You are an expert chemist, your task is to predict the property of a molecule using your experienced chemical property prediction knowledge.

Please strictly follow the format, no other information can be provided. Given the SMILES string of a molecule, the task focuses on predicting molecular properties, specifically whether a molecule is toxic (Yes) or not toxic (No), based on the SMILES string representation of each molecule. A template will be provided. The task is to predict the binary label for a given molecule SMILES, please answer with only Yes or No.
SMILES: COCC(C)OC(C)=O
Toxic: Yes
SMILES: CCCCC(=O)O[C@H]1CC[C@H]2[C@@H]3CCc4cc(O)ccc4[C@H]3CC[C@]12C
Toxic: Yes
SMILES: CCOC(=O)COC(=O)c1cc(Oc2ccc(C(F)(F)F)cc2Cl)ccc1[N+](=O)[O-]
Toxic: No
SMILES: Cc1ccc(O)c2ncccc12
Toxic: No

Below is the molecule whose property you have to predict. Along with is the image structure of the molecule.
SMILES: CCCCCCCC/C=C\CCCCCCCC(=O)NCc1ccc(O)c(OC)c1
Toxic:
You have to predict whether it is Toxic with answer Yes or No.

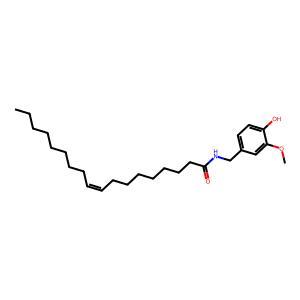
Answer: No